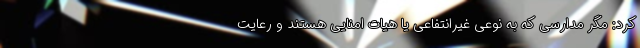
کرد: مگر مدارسی که به نوعی غیرانتفاعی یا هیات امنایی هستند و رعایت